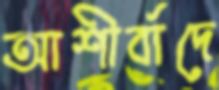
আশীর্বাদে